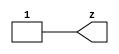
// This program was cloned from: https://github.com/aolofsson/oh
// License: MIT License

//#############################################################################
//# Function: Tie High Cell                                                   #
//# Copyright: OH Project Authors. ALl rights Reserved.                       #
//# License:  MIT (see LICENSE file in OH repository)                         #
//#############################################################################

module asic_tiehi #(parameter PROP = "DEFAULT")   (
    output z
    );

   assign z = 1'b1;

endmodule